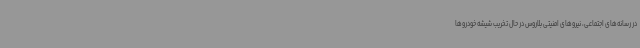
در رسانه‌های اجتماعی، نیروهای امنیتی بلاروس در حال تخریب شیشه خودروها